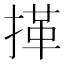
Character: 𢯹